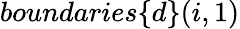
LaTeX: boundaries\{ d\} (i,1)